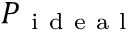
P _ { \mathrm { ~ i ~ d ~ e ~ a ~ l ~ } }